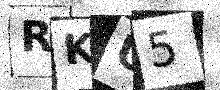
Text: RKU5